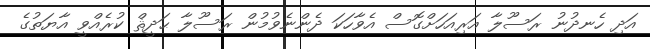
އަދި ހެނދުނު ރަސޫލާ އަރިއަހަށްގޮސް އެވާހަކަ ދެންނެވުމުން ރަސޫލާ ޙަދީޘް ކުރެއްވީ އާޔަތުގެ